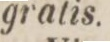
gratis.